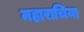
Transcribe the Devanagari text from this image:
महाराचिया